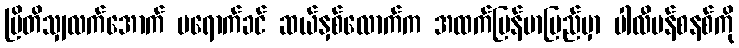
ဗြိတိသျှလက်အောက် မရောက်ခင် ဆယ်နှစ်လောက်က အထက်မြန်မာပြည်မှာ ပါလီမန်စနစ်ကို